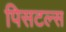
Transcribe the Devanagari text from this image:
पिसटल्स